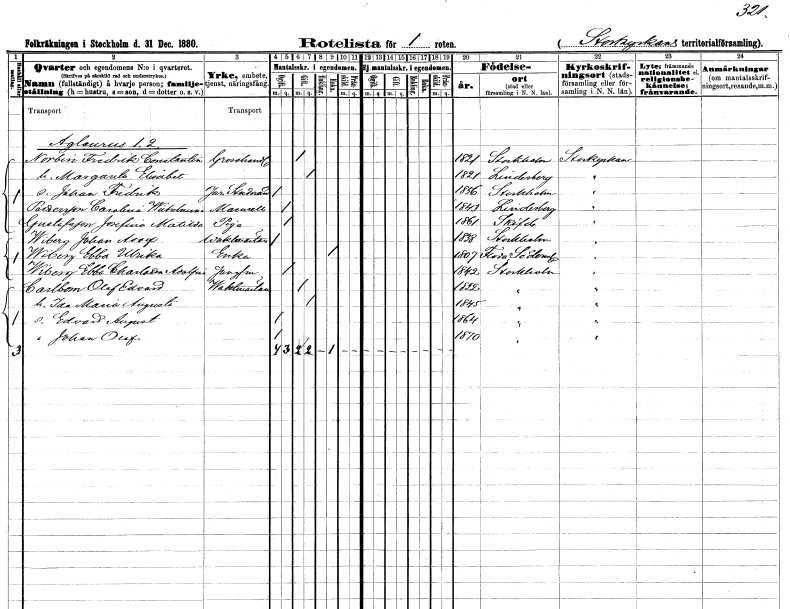
gt_parse: households: individuals: FN: Fredrik Constantin
EN: Norbin
YRKE: Grosshandlare
KON: M
CIV: G
FODAR: 1821
FODFORS: Stockholm
FN: Margareta Elisabet
KON: K
CIV: G
FODAR: 1821
FODFORS: Lindesberg Örebro län
FN: Johan Fredrik
YRKE: Juridikstuderande
KON: M
CIV: O
FODAR: 1856
FODFORS: Stockholm
FN: Carolina Wilhelmina
EN: Pettersson
KON: K
CIV: O
FODAR: 1843
FODFORS: Lindesberg Örebro län
FN: Josefina Matilda
EN: Gustafsson
YRKE: Piga
KON: K
CIV: O
FODAR: 1861
FODFORS: Skövde Skaraborgs län
FN: Johan Adolf
EN: Wiberg
YRKE: Vaktmästare
KON: M
CIV: O
FODAR: 1838
FODFORS: Stockholm
FN: Ebba Ulrika
EN: Wiberg
YRKE: Änka
KON: K
CIV: E
FODAR: 1807
FODFORS: Floda Södermanlands län
FN: Ebba Charlotta Adolfina
EN: Wiberg
YRKE: Jungfru
KON: K
CIV: O
FODAR: 1842
FODFORS: Stockholm
FN: Olof Edvard
EN: Carlbom
YRKE: Vaktmästare
KON: M
CIV: G
FODAR: 1822
FODFORS: Stockholm
FN: Ida Maria Augusta
KON: K
CIV: G
FODAR: 1845
FODFORS: Stockholm
FN: Edvard August
KON: M
CIV: O
FODAR: 1864
FODFORS: Stockholm
FN: Johan Olof
KON: M
CIV: O
FODAR: 1870
FODFORS: Stockholm